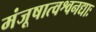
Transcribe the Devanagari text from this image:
मंजूषात्वश्वनद्याः